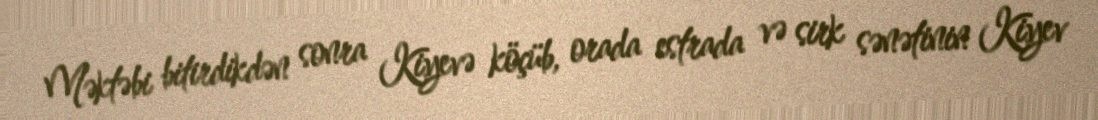
Məktəbi bitirdikdən sonra Kiyevə köçüb, orada estrada və sirk sənətinin Kiyev